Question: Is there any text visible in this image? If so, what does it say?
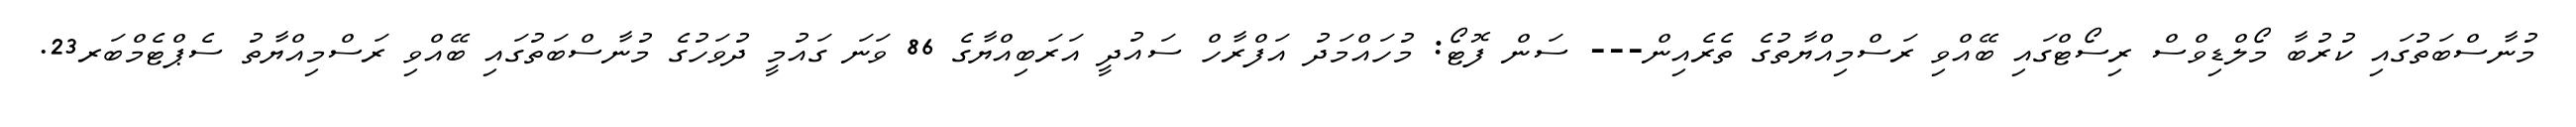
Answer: މުނާސްބަތުގައި ކުރުބާ މޯލްޑިވްސް ރިސޯޓްގައި ބޭއްވި ރަސްމިއްޔާތުގެ ތެރެއިން--- ސަން ފޮޓޯ: މުހައްމަދު އަފްރާހް ސައުދީ އަރަބިއްޔާގެ 86 ވަނަ ގައުމީ ދުވަހުގެ މުނާސްބަތުގައި ބޭއްވި ރަސްމިއްޔާތު ސެޕްޓެމްބަރ23.